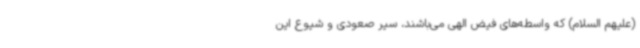
(علیهم السلام) که واسطه‌های فیض الهی می‌باشند، سیر صعودی و شیوع این